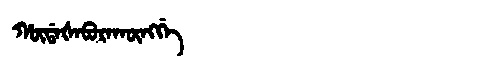
Manchu: ᡥᡡᡩᠠᡧᠠᠪᡠᡵᠠᡴᡡᠩᡤᡝ
Romanization: HŪDAŠABURAKŪNGGE